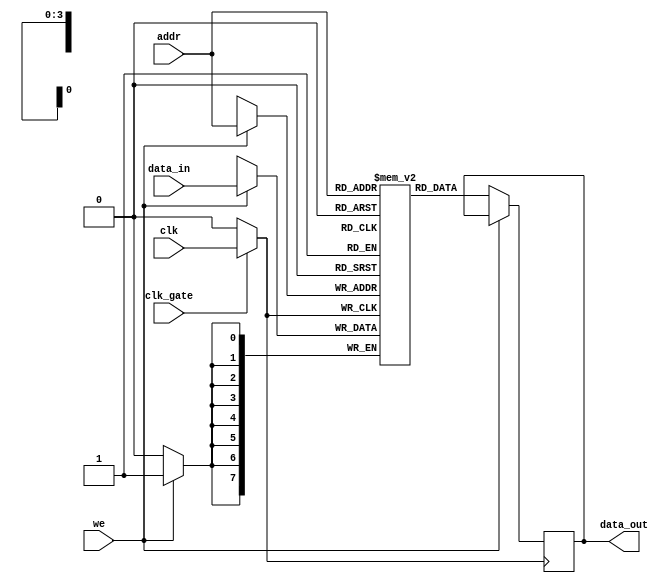
module clock_gated_memory (
    input wire clk,           // Global clock signal
    input wire clk_gate,      // Clock gating control signal
    input wire [7:0] data_in, // Data input
    input wire [3:0] addr,    // Address input
    input wire we,            // Write enable
    output reg [7:0] data_out  // Data output
);

    // Memory array (e.g., 16 x 8 SRAM)
    reg [7:0] memory [0:15];

    // Gated clock signal
    wire gated_clk;

    // Transmission gate for clock gating
    assign gated_clk = clk_gate ? clk : 1'b0;

    // Memory operations
    always @(posedge gated_clk) begin
        if (we) begin
            // Write operation
            memory[addr] <= data_in;
        end else begin
            // Read operation
            data_out <= memory[addr];
        end
    end

endmodule